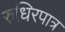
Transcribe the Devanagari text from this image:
रुधिरपात्र